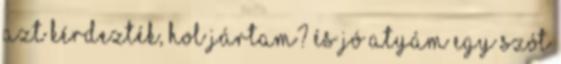
azt kérdezték, hol jártam? És jó atyám egy szót